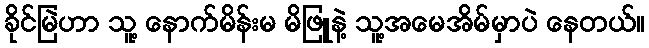
ခိုင်မြဲဟာ သူ့ နောက်မိန်းမ မိဖြူနဲ့ သူ့အမေအိမ်မှာပဲ နေတယ်။